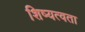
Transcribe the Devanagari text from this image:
शिष्यत्वता